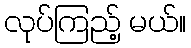
လုပ်ကြည့် မယ်။